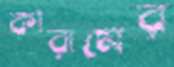
কারামের